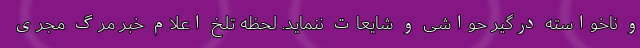
و ناخواسته درگیر حواشی و شایعات ننماید. لحظه تلخ اعلام خبر مرگ مجری